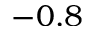
- 0 . 8